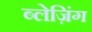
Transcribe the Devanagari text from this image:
ब्लेज़िंग